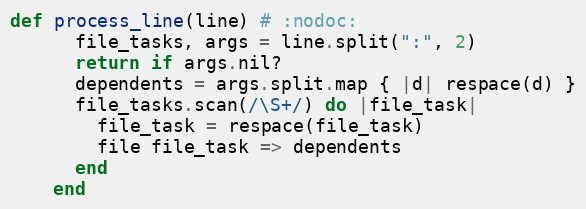
Language: Ruby
def process_line(line) # :nodoc:
      file_tasks, args = line.split(":", 2)
      return if args.nil?
      dependents = args.split.map { |d| respace(d) }
      file_tasks.scan(/\S+/) do |file_task|
        file_task = respace(file_task)
        file file_task => dependents
      end
    end